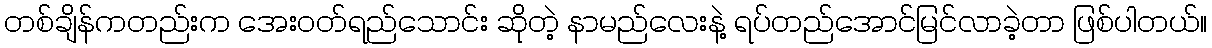
တစ်ချိန်ကတည်းက အေးဝတ်ရည်သောင်း ဆိုတဲ့ နာမည်လေးနဲ့ ရပ်တည်အောင်မြင်လာခဲ့တာ ဖြစ်ပါတယ်။